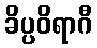
ခိပ္ပဝိရာဂီ